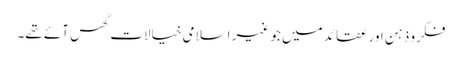
فکرو ذہن اور عقائد میں جو غیر اسلامی خیالات گھس آئے تھے۔